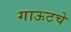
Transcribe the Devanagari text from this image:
गाऊटचे